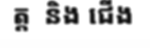
ត្ត  និង ជើង